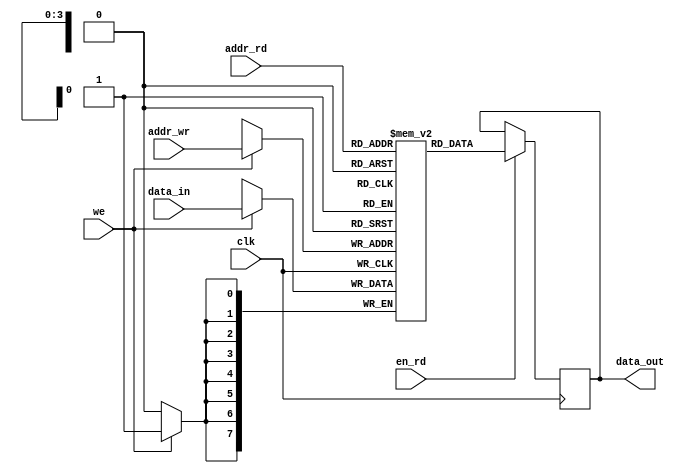
/* Copyright 2019 Jared Boone <jared@sharebrained.com>. Open-source license to be determined.
 */

`default_nettype none
`timescale 1ns / 100ps

module ram_palette(
	input  wire        clk,
	input  wire        we,
	input  wire [ 3:0] addr_wr,
	input  wire [ 3:0] addr_rd,
	input  wire        en_rd,
	input  wire [ 7:0] data_in,
	output reg  [ 7:0] data_out
);

reg [7:0] mem[0:15];

integer i;
initial
	for (i=0; i<16; i=i+1)
		mem[i] = 8'h00;

always @(posedge clk) begin
	if(we)
		mem[addr_wr] <= data_in;

	if(en_rd)
		data_out <= mem[addr_rd];
end

endmodule